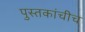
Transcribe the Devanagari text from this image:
पुस्तकांचीच